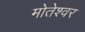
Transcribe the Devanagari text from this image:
मोतेश्वर